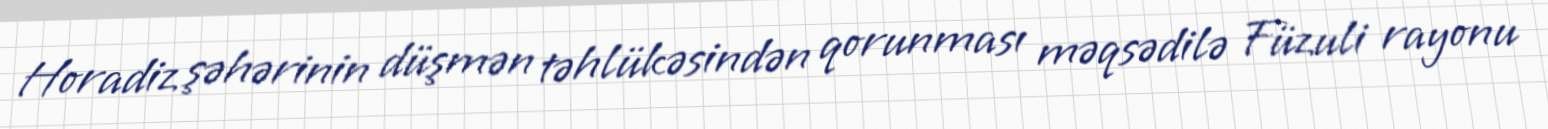
Horadiz şəhərinin düşmən təhlükəsindən qorunması məqsədilə Füzuli rayonu